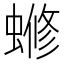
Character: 𬠡